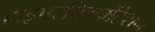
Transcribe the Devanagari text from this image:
हाइपरपिगमेंटेशन